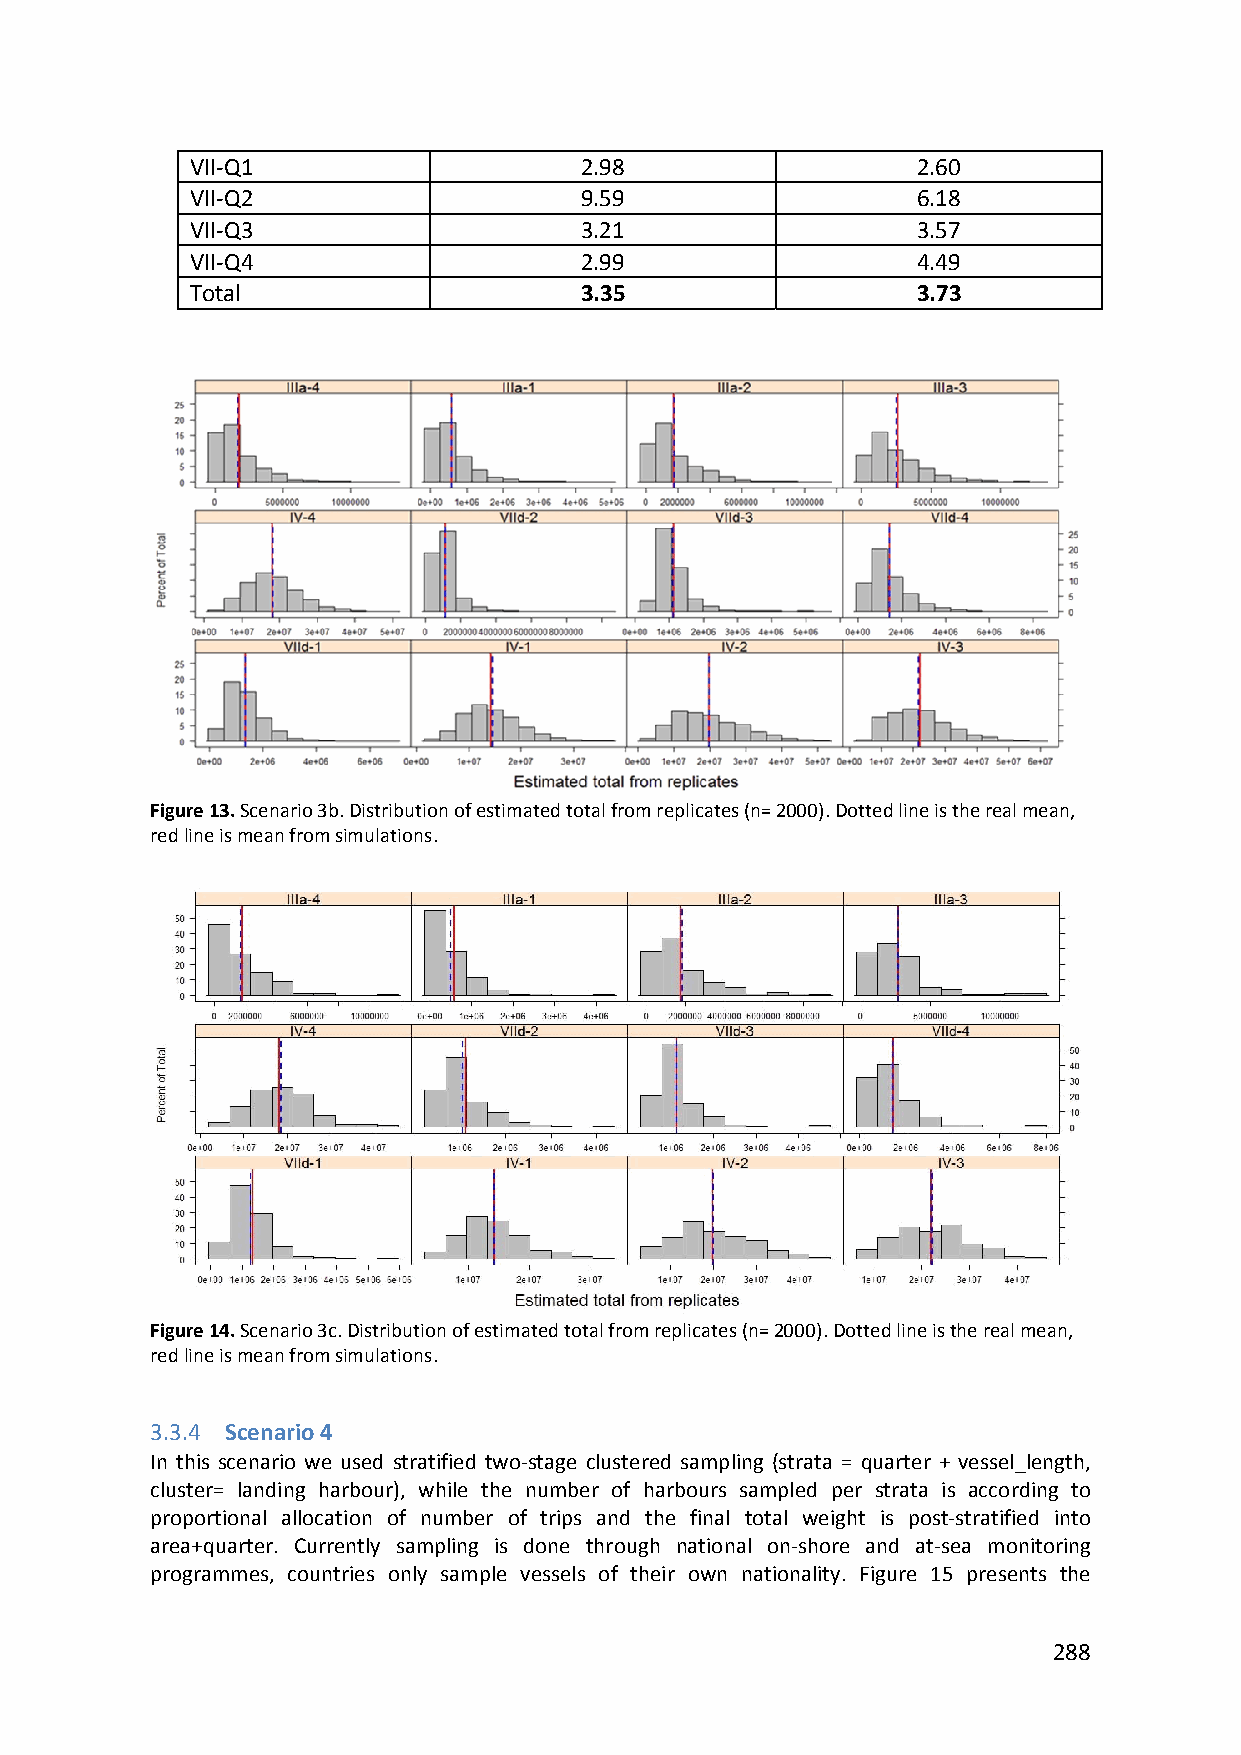
VII‐Q1                   2.98                   2.60
 VII‐Q2                   9.59                   6.18
 VII‐Q3                   3.21                   3.57
 VII‐Q4                   2.99                   4.49
 Total                    3.35                   3.73
 Figure 13. Scenario 3b. Distribution of estimated total from replicates (n= 2000). Dotted line is the real mean,
 red line is mean from simulations.
 Figure 14. Scenario 3c. Distribution of estimated total from replicates (n= 2000). Dotted line is the real mean,
 red line is mean from simulations.
 3.3.4 Scenario 4
 In this scenario we used stratified two‐stage clustered sampling (strata = quarter + vessel_length,
 cluster= landing harbour), while the number of harbours sampled per strata is according to
 proportional allocation of number of trips and the final total weight is post‐stratified into
 area+quarter. Currently sampling is done through national on‐shore and at‐sea monitoring
 programmes, countries only sample vessels of their own nationality. Figure 15 presents the
 288